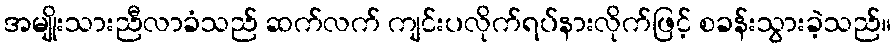
အမျိုးသားညီလာခံသည် ဆက်လက် ကျင်းပလိုက်ရပ်နားလိုက်ဖြင့် စခန်းသွားခဲ့သည်။